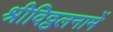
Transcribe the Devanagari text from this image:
श्रीविठ्ठलनामें